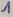
Text: 1